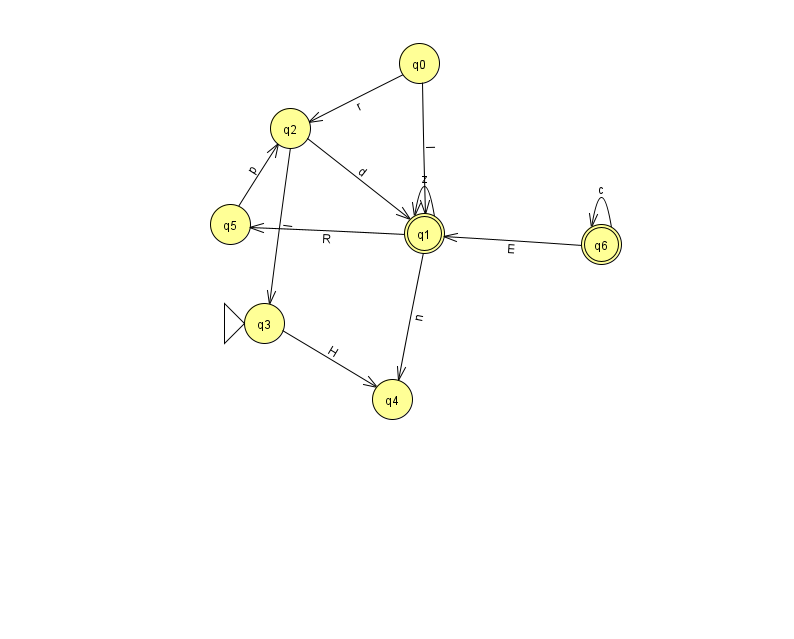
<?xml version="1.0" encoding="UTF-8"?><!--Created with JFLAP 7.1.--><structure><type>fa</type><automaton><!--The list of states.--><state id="0" name="q0"><x>419.0</x><y>50.0</y></state><state id="1" name="q1"><x>424.0</x><y>220.0</y><final/></state><state id="2" name="q2"><x>290.0</x><y>115.0</y></state><state id="3" name="q3"><x>264.0</x><y>310.0</y><initial/></state><state id="4" name="q4"><x>392.0</x><y>386.0</y></state><state id="5" name="q5"><x>230.0</x><y>211.0</y></state><state id="6" name="q6"><x>601.0</x><y>231.0</y><final/></state><!--The list of transitions.--><transition><from>3</from><to>4</to><read>H</read></transition><transition><from>2</from><to>1</to><read>d</read></transition><transition><from>6</from><to>6</to><read>c</read></transition><transition><from>0</from><to>1</to><read>I</read></transition><transition><from>2</from><to>3</to><read>I</read></transition><transition><from>0</from><to>2</to><read>r</read></transition><transition><from>1</from><to>1</to><read>z</read></transition><transition><from>1</from><to>5</to><read>R</read></transition><transition><from>1</from><to>4</to><read>n</read></transition><transition><from>5</from><to>2</to><read>p</read></transition><transition><from>6</from><to>1</to><read>E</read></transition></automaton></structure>